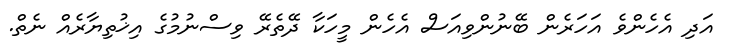
އަދި އެހެންވެ އަހަރެން ބޭނުންވިއަސް އެހެން މީހަކާ ދޭތެރޭ ވިސްނުމުގެ އިޚުތިޔާރެއް ނެތް.